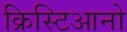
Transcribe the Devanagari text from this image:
क्रिस्टिआनो